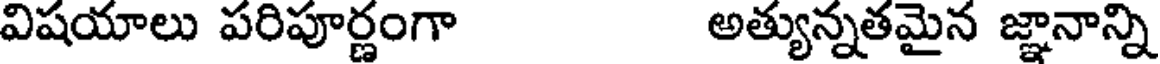
విషయాలు పరిపూర్ణంగా అత్యున్నతమైన జ్ఞానాన్ని